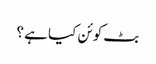
بٹ کوئن کیا ہے ؟